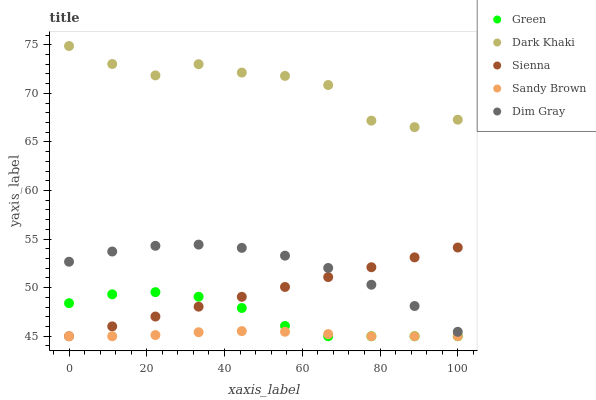
| xaxis_label | Green | Dark Khaki | Sienna | Sandy Brown | Dim Gray |
 | --- | --- | --- | --- | --- | --- |
 | 0 | 48.4 | 74.9 | 45 | 45 | 52.7 |
 | 11.1 | 49.3 | 73 | 46 | 45 | 53.7 |
 | 22.2 | 49.5 | 71.8 | 47 | 45.1 | 54.3 |
 | 33.3 | 49.1 | 73 | 48 | 45.4 | 54.4 |
 | 44.4 | 47.9 | 72.1 | 49.1 | 45.5 | 54.1 |
 | 55.6 | 46.1 | 71.8 | 50.1 | 45.5 | 53.3 |
 | 66.7 | 45 | 70.9 | 51.1 | 45.2 | 52 |
 | 77.8 | 45 | 67.2 | 52.1 | 45 | 50.3 |
 | 88.9 | 45 | 66.5 | 53.1 | 45 | 48.1 |
 | 100 | 45 | 67.3 | 54.1 | 45 | 45.5 |